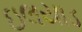
ઇલયાડ